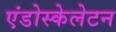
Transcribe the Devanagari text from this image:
एंडोस्केलेटन